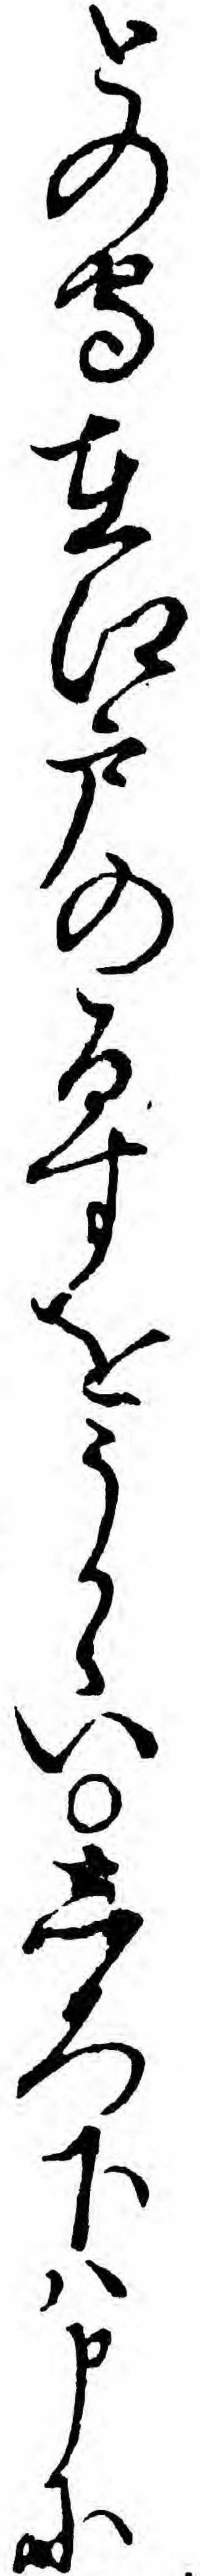
との守在江戸のるすをうかゝいしろ下ハ申に